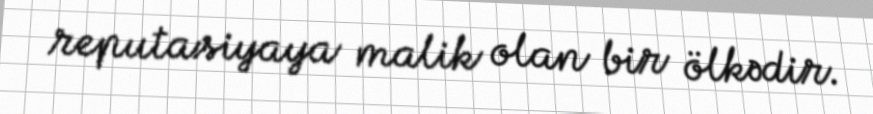
reputasiyaya malik olan bir ölkədir.